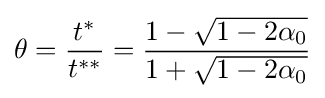
\theta ={\frac {t^{*}}{t^{**}}}={\frac {1-{\sqrt {1-2\alpha _{0}}}}{1+{\sqrt {1-2\alpha _{0}}}}}